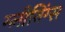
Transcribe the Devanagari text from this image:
ग्लीनिंग्स